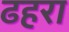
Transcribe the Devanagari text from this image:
ढहरा